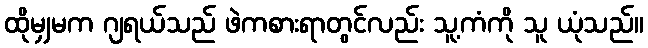
ထိုမျှမက ဂျရယ်သည် ဖဲကစားရာတွင်လည်း သူ့ကံကို သူ ယုံသည်။